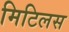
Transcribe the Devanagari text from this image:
मिटिलस